Vaccination in Burma 1920-1933 - 1920-1933
Year: 1920
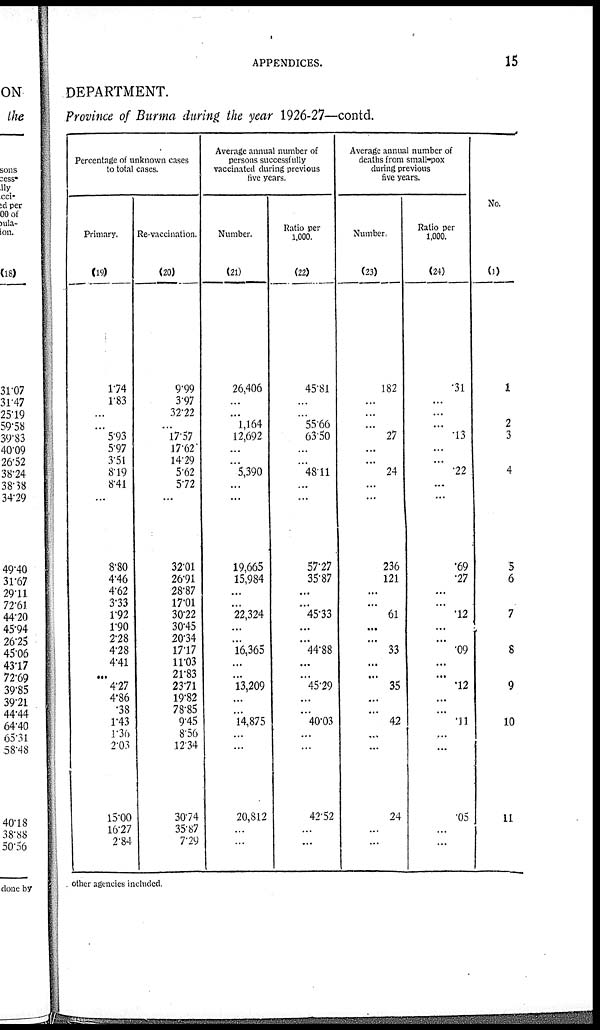
APPENDICES.
15
DEPARTMENT.
Province of Burma during the year 1926-27—contd.
Percentage of unknown cases
to total cases.
Primary.
(19)
174
1.83
...
...
5.93
5.97
3.51
8.19
8.41
...
8.80
4.46
4.62
3.33
1.92
1.90
2.28
4.28
4.41
...
4.27
4.86
.38
1.43
1.36
2.03
15.00
16.27
2.84
Re-vaccination.
(20)
9.99
3.97
32.22
...
17.57
17.62
14.29
5.62
5.72
...
32.01
26.91
28.87
17.01
30.22
30.45
20.34
17.17
11.03
21.83
23.71
19.82
78.85
9.45
8.56
12.34
30.74
35.87
7.29
Average annual number of
persons successfully
vaccinated during previous
five years.
Number.
(21)
26,406
...
...
1,164
12,692
...
...
5,390
...
...
19,665
15,984
...
...
22,324
...
...
16,365
...
...
13,209
...
...
14,875
...
...
20,812
...
...
Ratio per
1,000.
(22)
45.81
...
...
55.66
63.50
...
...
48.11
...
...
57.27
35.87
...
...
45.33
...
...
44.88
...
...
45.29
...
...
40.03
...
...
42.52
...
...
Average annual number of
deaths from small-pox
during previous
five years.
Number.
(23)
182
...
...
...
27
...
...
24
...
...
236
121
...
...
61
...
...
33
...
...
35
...
...
42
...
...
24
...
...
Ratio per
1,000.
(24)
.31
...
...
...
.13
...
...
.22
...
...
.69
.27
...
...
.12
...
...
.09
...
...
.12
...
...
.11
...
...
.05
...
...
No.
(1)
1
2
3
4
5
6
7
8
9
10
11
other agencies included.